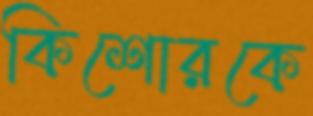
কিশোরকে